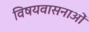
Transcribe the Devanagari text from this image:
विषयवासनाओं